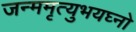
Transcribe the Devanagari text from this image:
जन्ममृत्युभयघ्नो